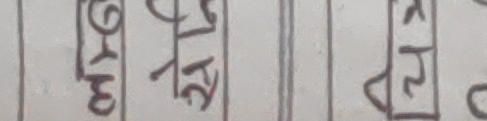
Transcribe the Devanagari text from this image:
मुटुको